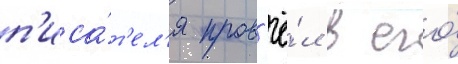
п'иса́т'ел'я пров'ё́л в его́